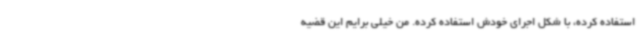
استفاده کرده، با شکل اجرای خودش استفاده کرده. من خیلی برایم این قضیه